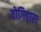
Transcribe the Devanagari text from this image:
वोगिहारा